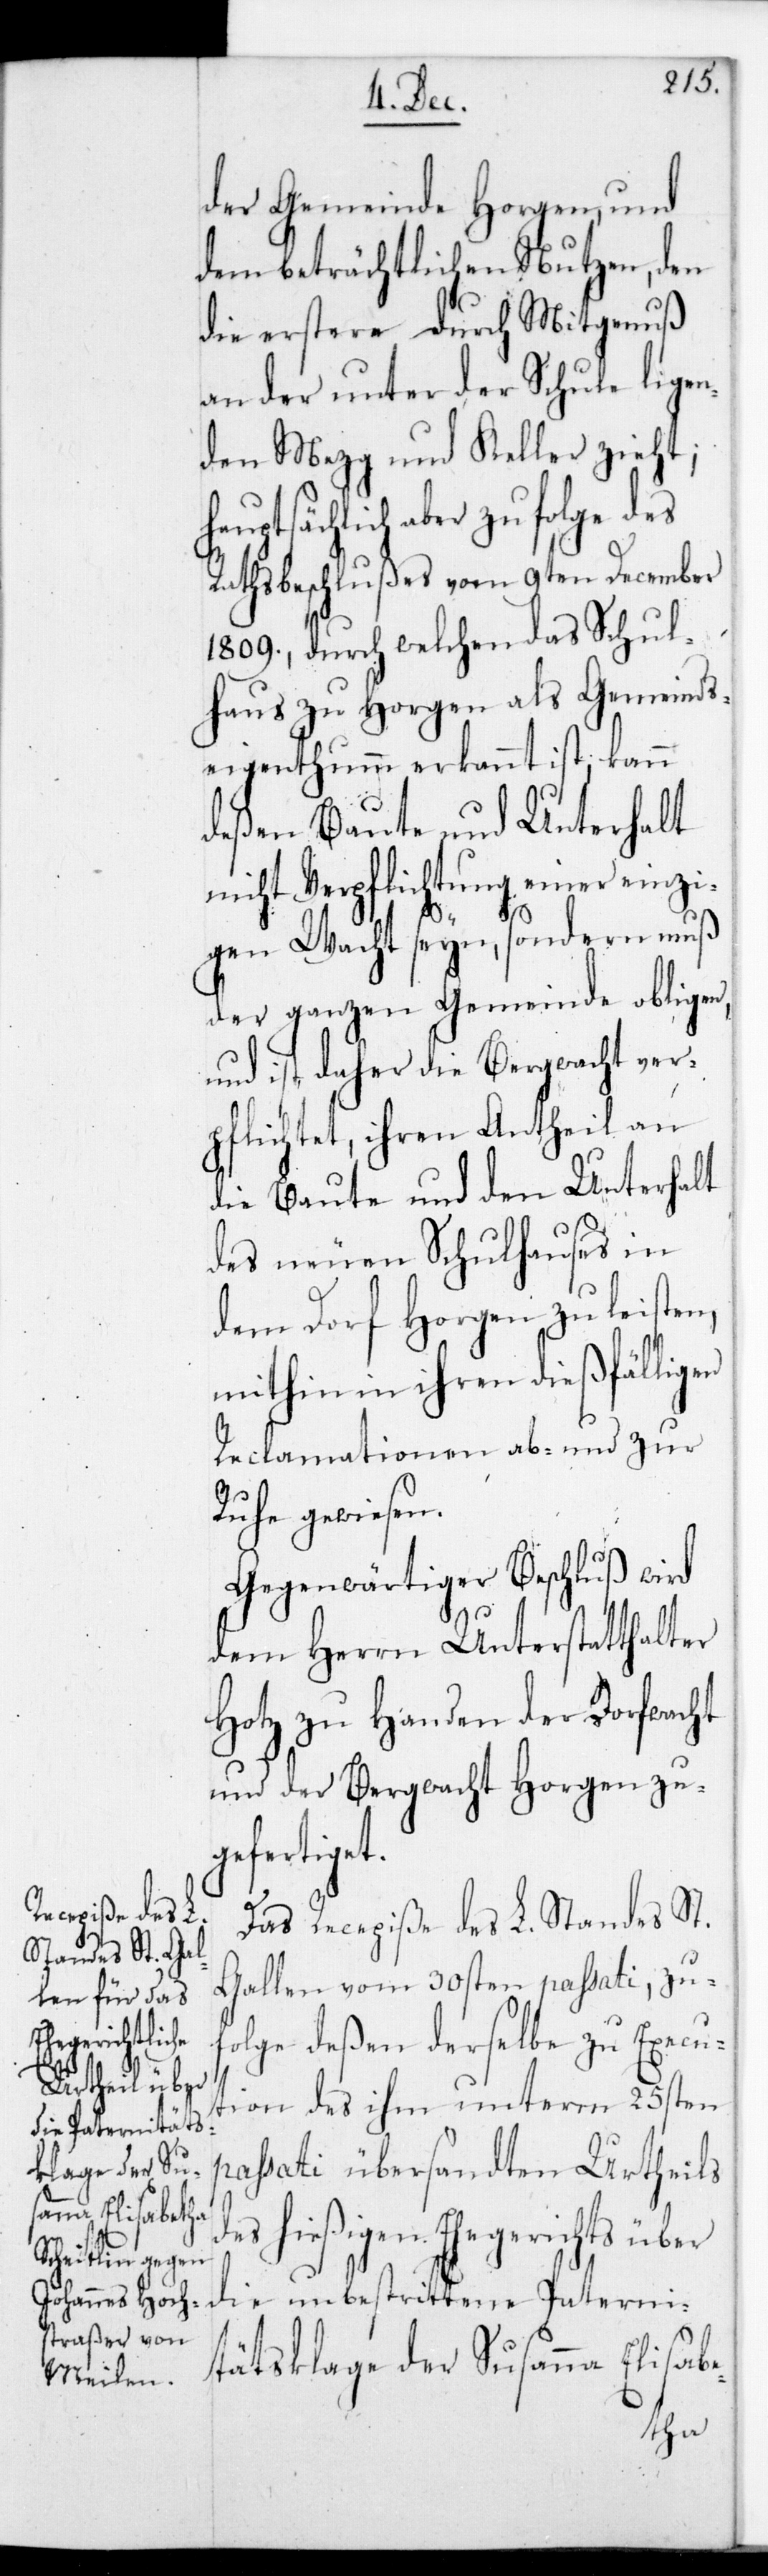
der Gemeinde Horgen, und
dem beträchtlichen Nutzen, den
die erstere durch Mitgenuß
an der unteren Schule liegen¬
den Metzg und Keller zieht;
ptsächlich aber zufolge des
Rathsbeschlußes vom 9ten December
1809., durch welchen das Schul¬
haus zu Horgen als Gemeinds¬
eigenthum erkannt ist; kann
deßen Baute und Unterhalt
nicht Verpflichtung einer einzi¬
gen Wacht seyn, sondern muß
der ganzen Gemeinde obliegen,
und ist daher die Bergwacht ver¬
pflichtet, ihren Antheil an
die Baute und den Unterhalt
des neuen Schulhauses in
dem Dorf Horgen zu leisten,
mithin in ihren dießfälligen
Reclamationen ab- und zur
Ruhe gewiesen.
Gegenwärtiger Beschluß wird
dem Herrn Unterstatthalter
Hotz zu Handen der Dorfwacht
und der Bergwacht Horgen zu¬
gefertiget.
Das Recepiße des L. Standes St.
Gallen vom 30sten passati, zu¬
folge deßen derselbe zu Execu¬
tion des ihm unterm 25sten
passati übersandten Urtheils
des hießigen Ehegerichts über
die unbestrittene Paterni¬
tätsklage der Susanna Elisabe-
hau¬